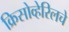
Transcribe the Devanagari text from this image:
क्रिसोव्हेरिलचे